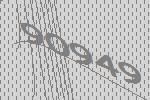
90949